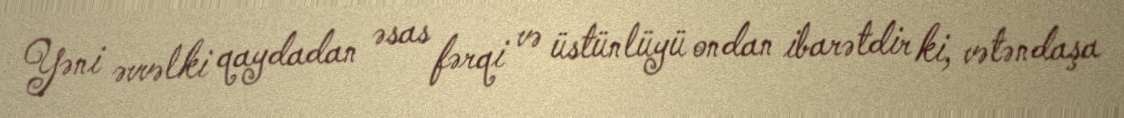
Yəni əvvəlki qaydadan əsas fərqi və üstünlüyü ondan ibarətdir ki, vətəndaşa